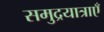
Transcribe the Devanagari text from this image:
समुद्रयात्राएँ